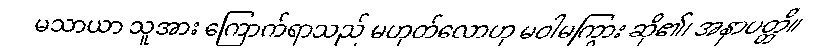
မသာယာ သူအား ကြောက်ရာသည် မဟုတ်လောဟု မဝါမကြွား ဆို၏၊ အနာပတ္တိ။